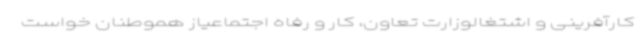
کارآفرینی و اشتغالوزارت تعاون، کار و رفاه اجتماعیاز هموطنان خواست